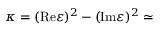
\kappa = ( \mathrm { R e } \varepsilon ) ^ { 2 } - ( \mathrm { I m } \varepsilon ) ^ { 2 } \simeq